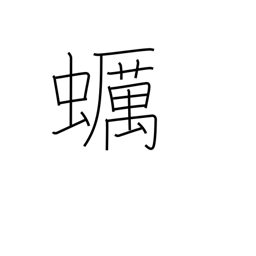
Meaning: oyster